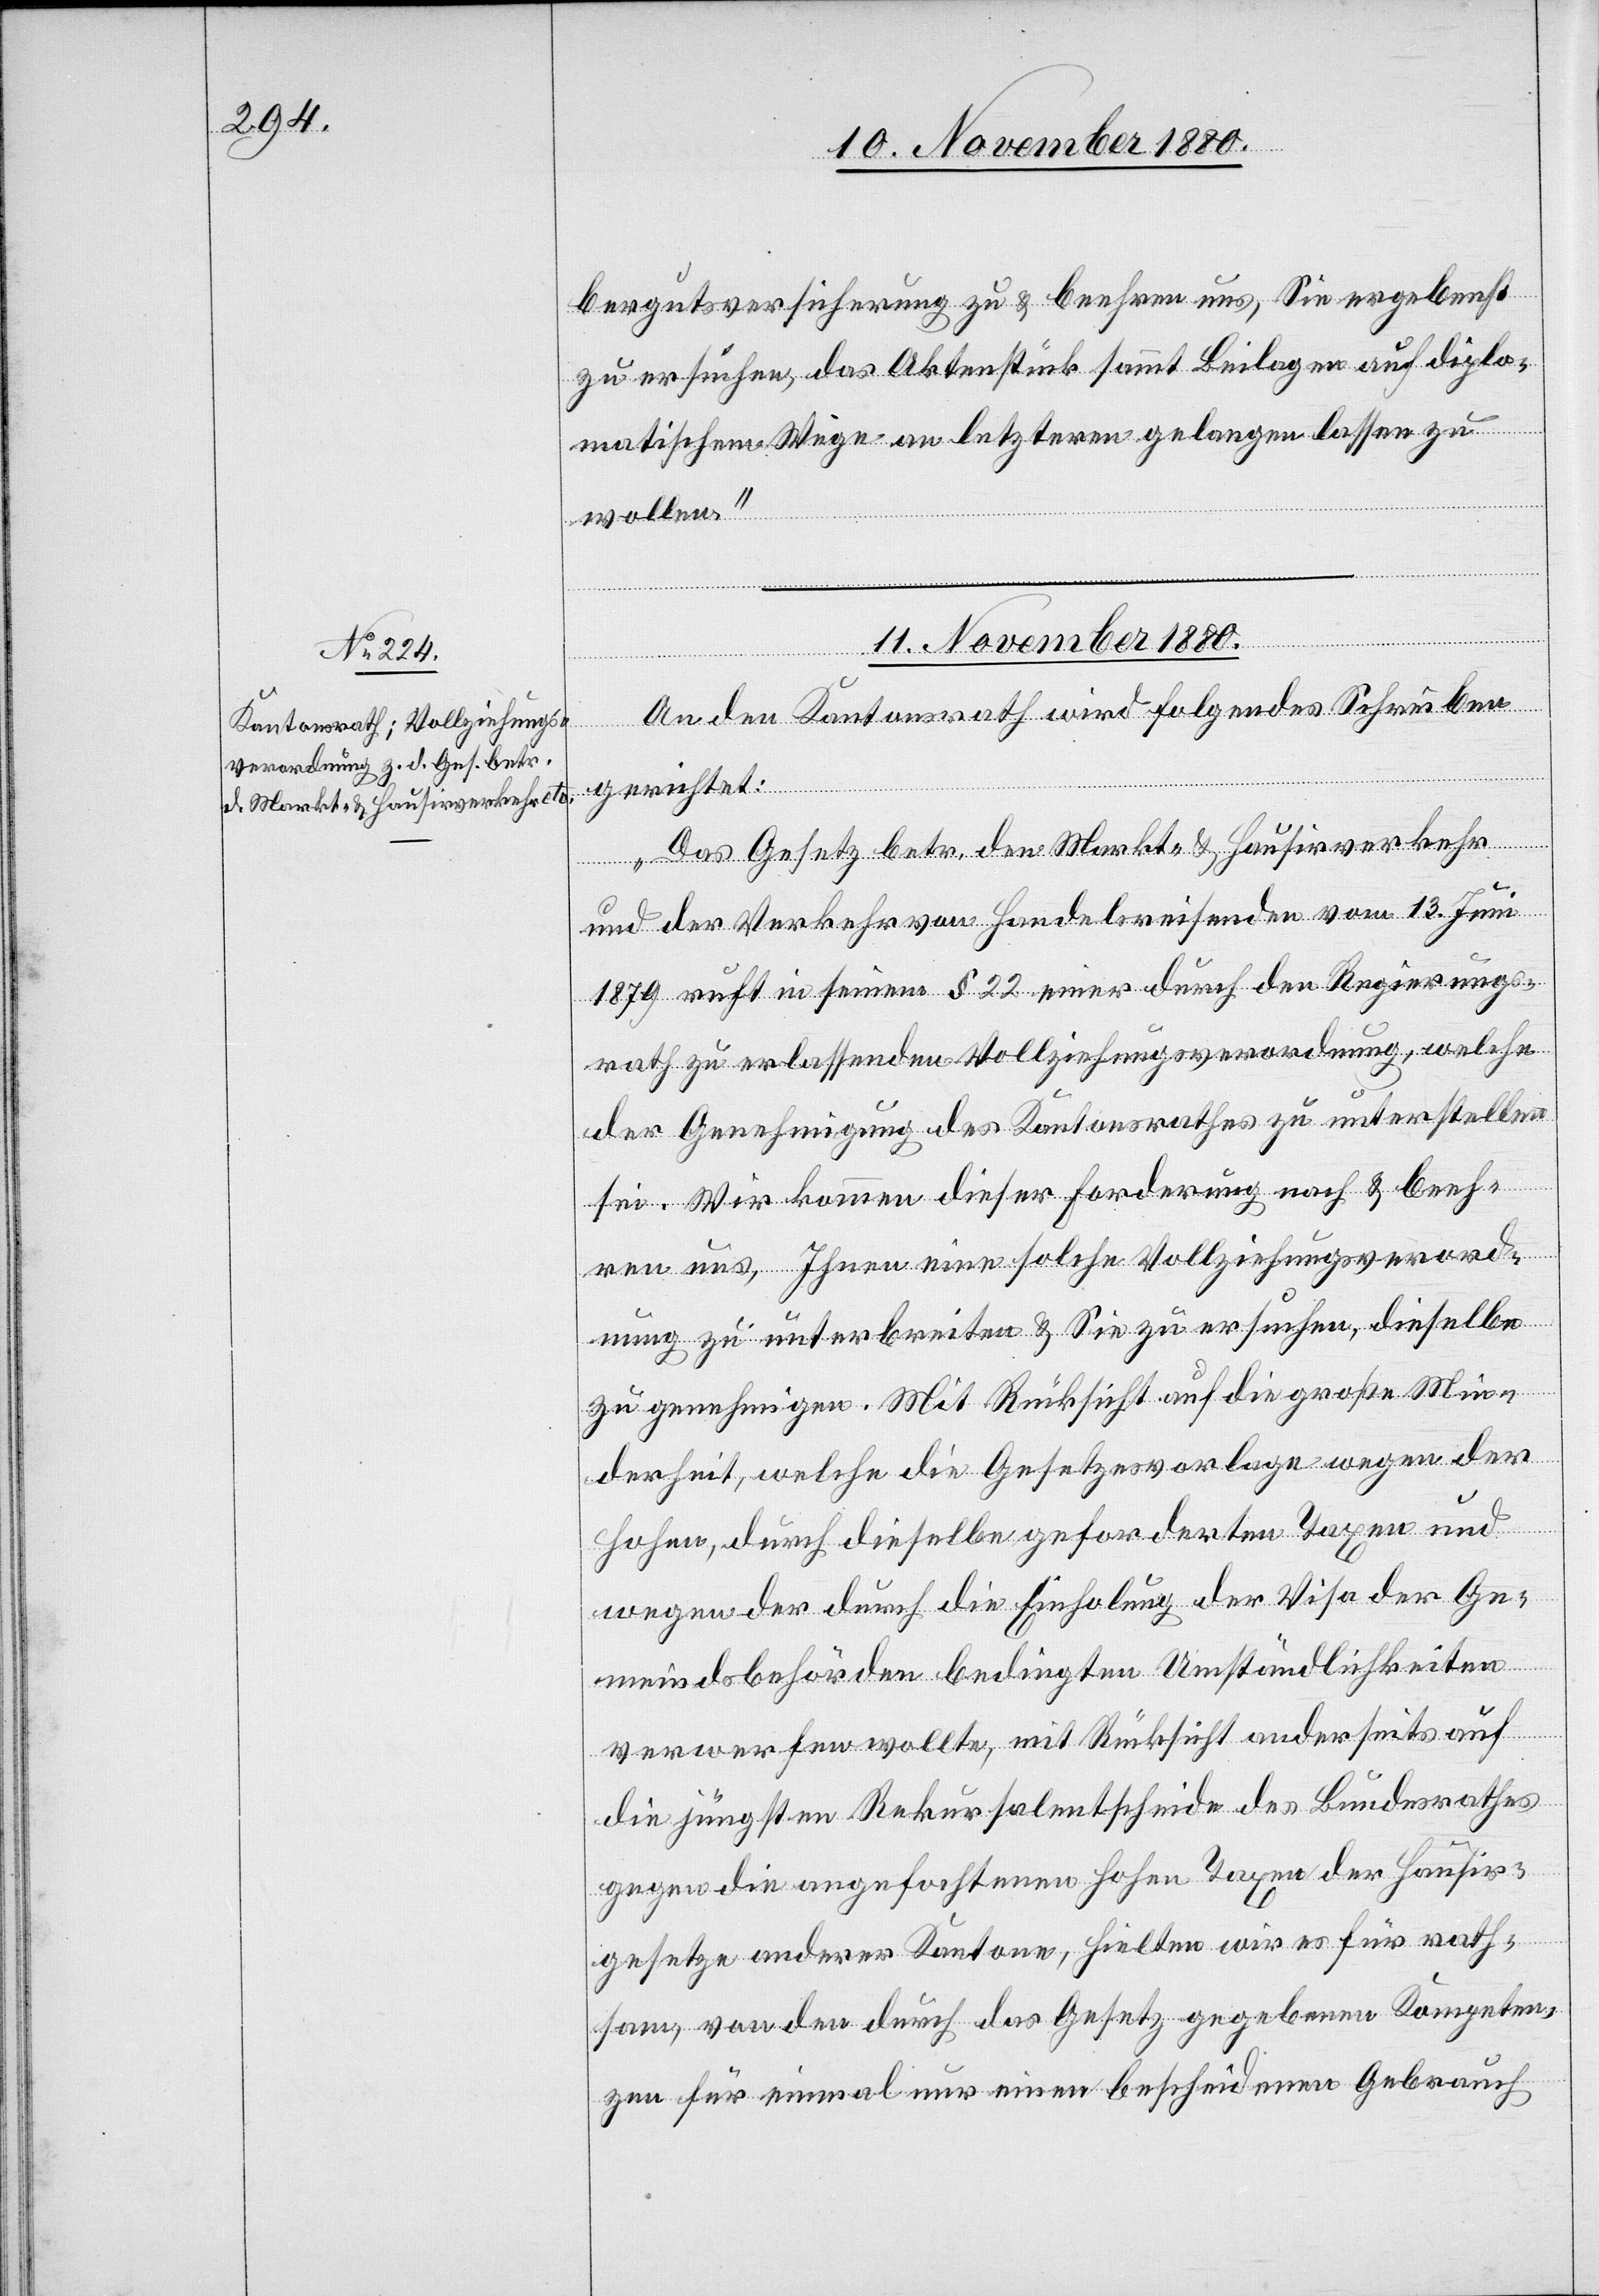
bergutsversicherung zu & beehren uns, Sie ergebenst
zu ersuchen, das Aktenstück sammt Beilagen auf diplo¬
matischem Wege an letzteren gelangen zu w¬
ollen.“
11. November 1880.
An den Kantonsrath wird folgendes Schreiben
gerichtet:
„Das Gesetz betr. den Markt- & Hausirverkehr
und der Verkehr von Handelsreisenden vom 13. Juni
1879 ruft in seinem § 22 einer durch den Regierungs¬
rath zu erlassenden Vollziehungsverordnung, welche
der Genehmigung des Kantonsrathes zu unterstellen
sei. Wir kommen dieser Forderung nach & beeh¬
ren uns, Ihnen eine solche Vollziehungsverord¬
nung zu unterbreiten & Sie zu ersuchen, dieselbe
zu genehmigen. Mit Rücksicht auf die große Min¬
derheit, welche die Gesetzesvorlage wegen der
hohen, durch dieselbe geforderten Taxen und
wegen der durch die Einholung der Visa der Ge¬
meindsbehörden bedingten Umständlichkeiten
verwerfen wollte, mit Rücksicht anderseits auf
die jüngsten Rekursalentscheide des Bundesrathes
gegen die angefochtenen hohen Taxen der Hausir¬
gesetze anderer Kantone, hielten wir es für rath¬
sam, von den durch das Gesetz gegebenen Kompeten¬
zen für einmal nur einen bescheidenen Gebrauch